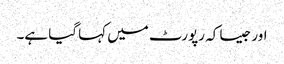
اور جیسا کہ رپورٹ میں کہا گیا ہے۔